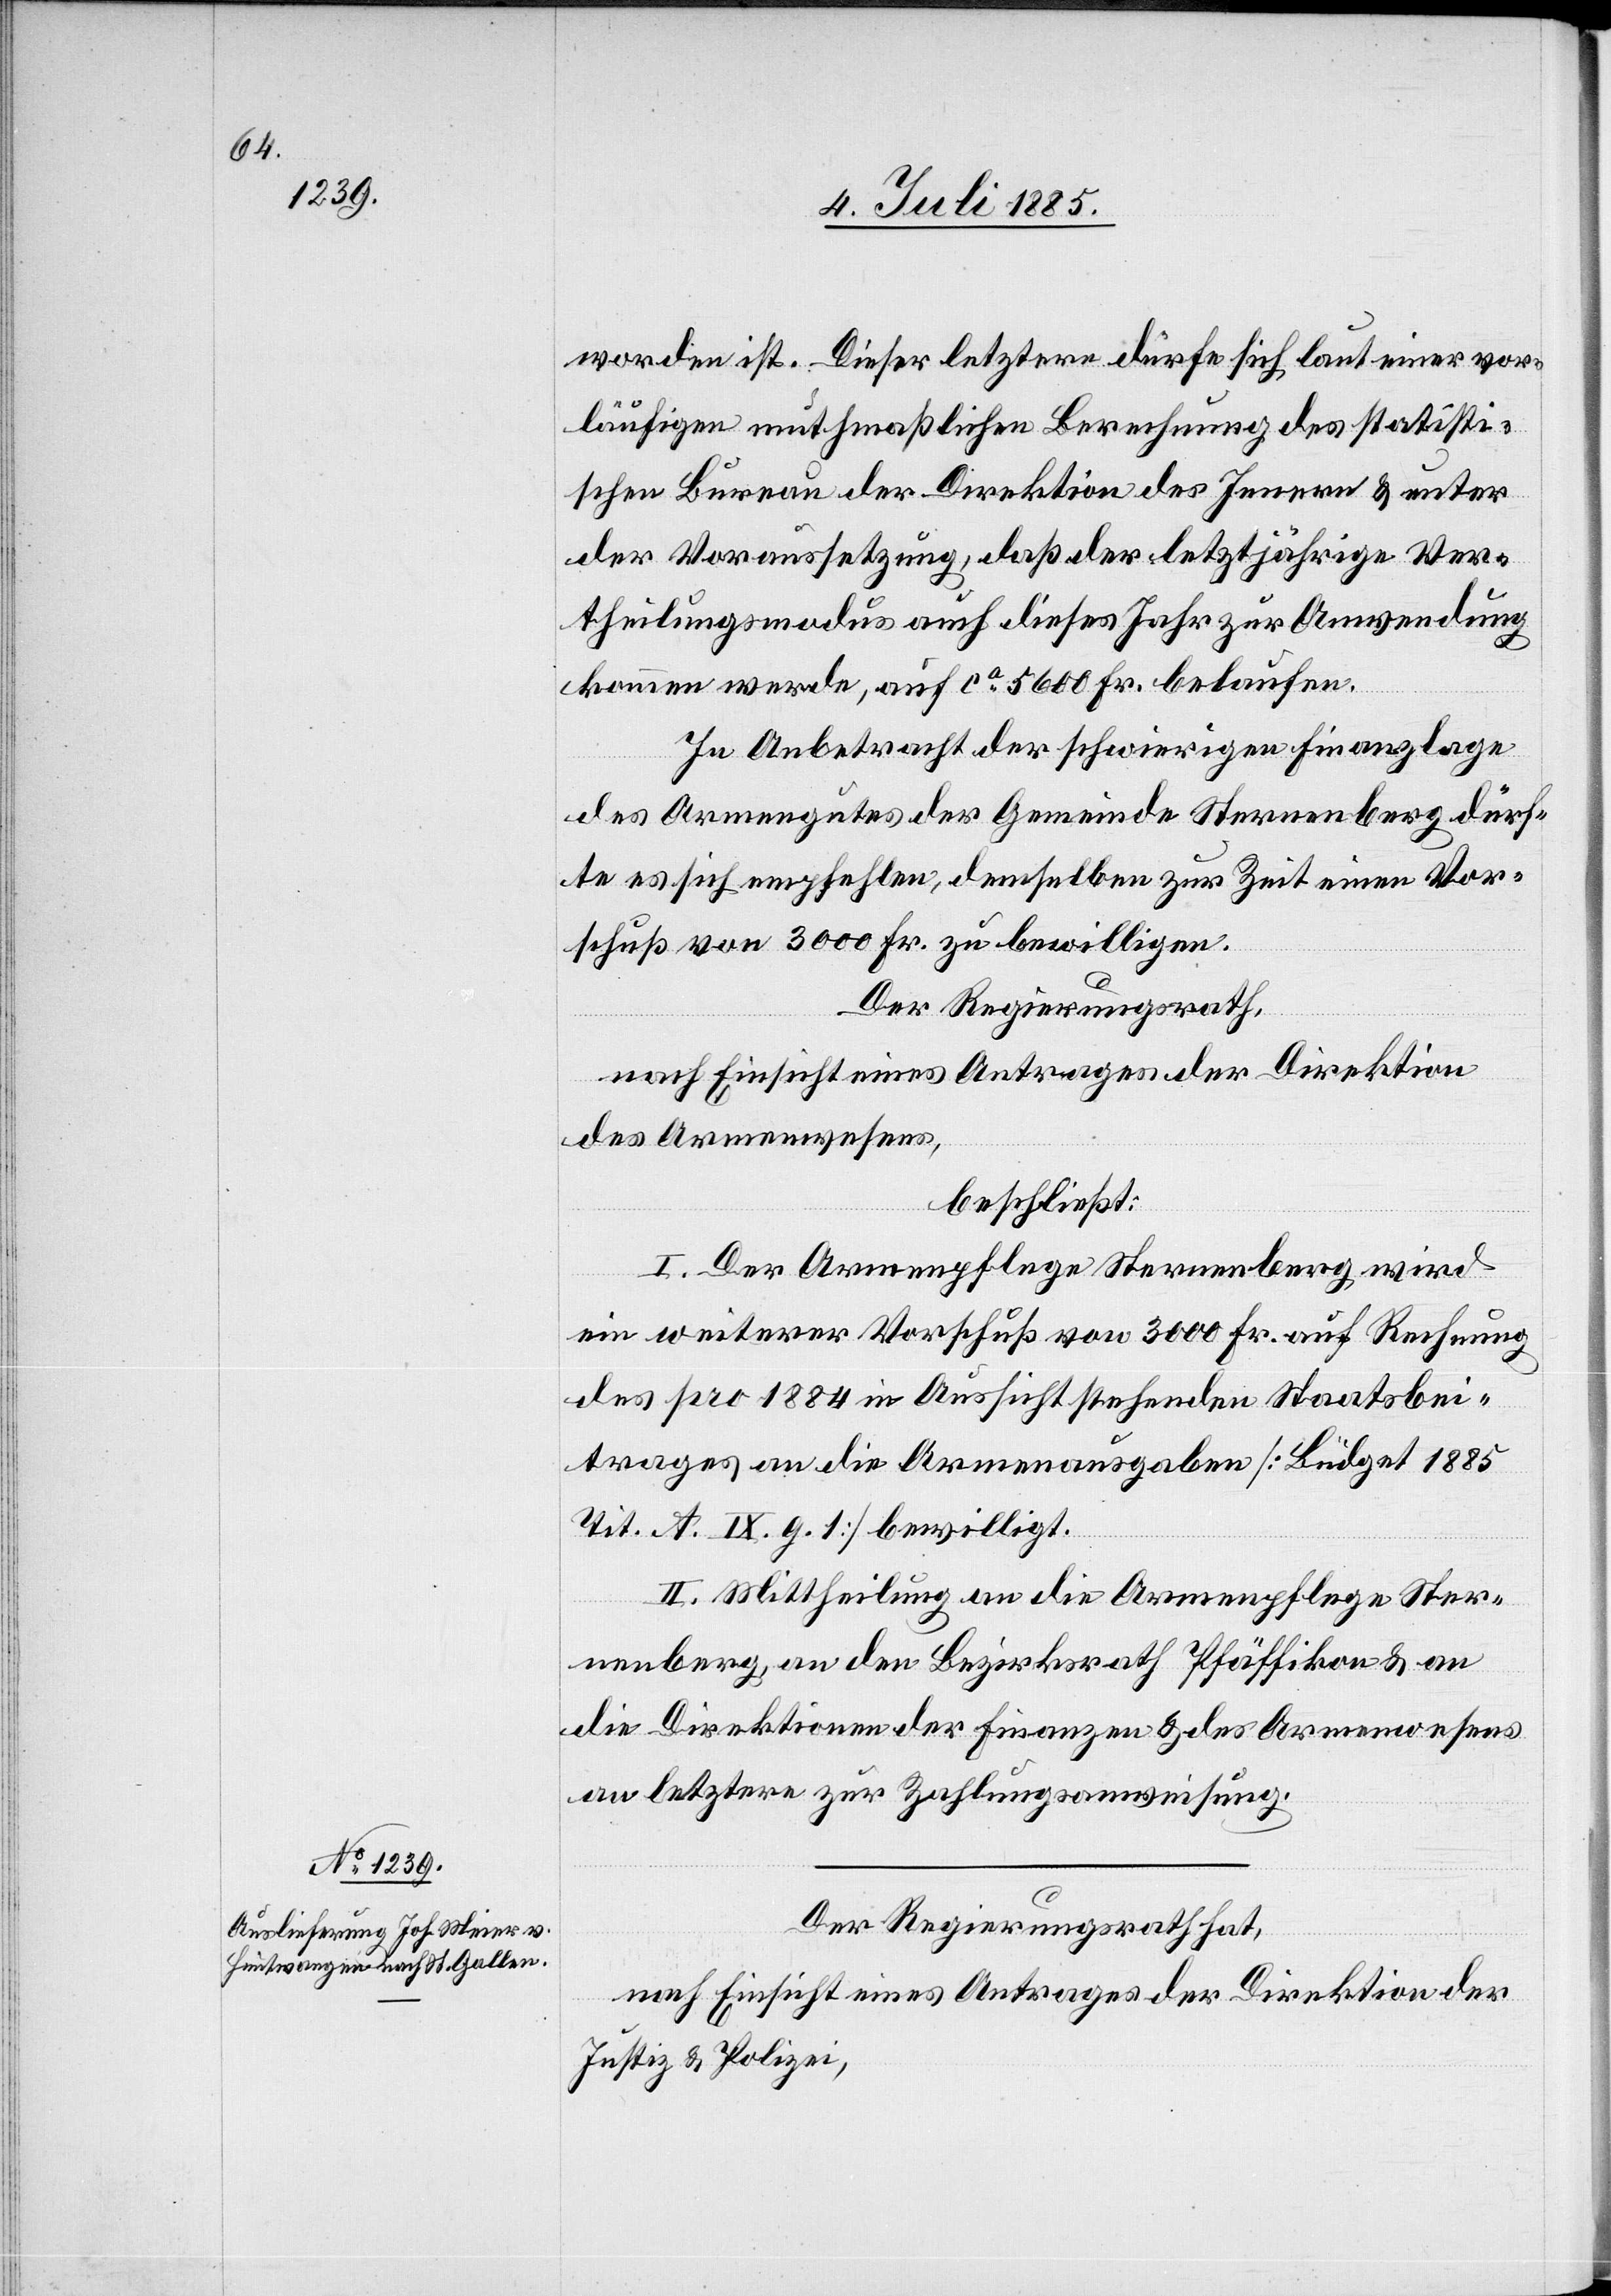
worden ist. Dieser letztere dürfe sich laut einer vor¬
läufigen muthmaßlichen Berechnung des statisti¬
schen Bureau der Direktion des Innern & unter
der Voraussetzung, daß der letztjährige Ver¬
theilungsmodus auch dieses Jahr zur Anwendung
kommen werde, auf ca 5600 Fr. belaufen.
In Anbetracht der schwierigen Finanzlage
des Armengutes der Gemeinde Sternenberg dürf¬
te es sich empfehlen, demselben zur Zeit einen Vor¬
schuß von 3000 Fr. zu bewilligen.
Der Regierungsrath,
nach Einsicht eines Antrages der Direktion
des Armenwesens,
beschließt:
I. Der Armenpflege Sternenberg wird
ein weiterer Vorschuß von 3000 Fr. auf Rechnung
des pro 1884 in Aussicht stehenden Staatsbei¬
trages an die Armenausgaben [Büdget 1885
Tit. A. IX. g. 1] bewilligt.
II. Mittheilung an die Armenpflege Ster¬
nenberg, an den Bezirksrath Pfäffikon & an
die Direktion der Finanzen & des Armenwesens[,]
an letztere zur Zahlungsanweisung.
Der Regierungsrath hat,
nach Einsicht eines Antrages der Direktion der
Justiz & Polizei,